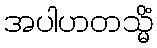
အပါဟတသ္မိံ